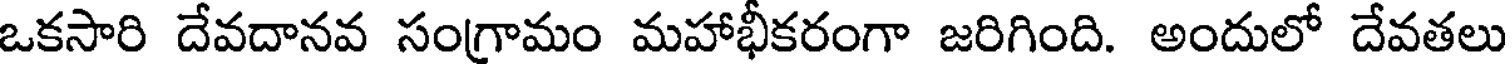
ఒకసారి దేవదానవ సంగ్రామం మహాభీకరంగా జరిగింది. అందులో దేవతలు